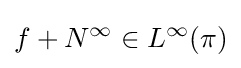
f+N^{\infty }\in L^{\infty }(\pi )